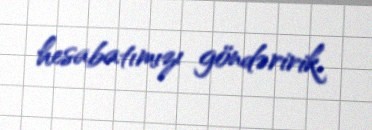
hesabatımızı göndəririk.